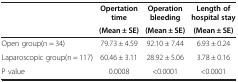
|  | Opertation time | Operation bleeding | Length of hospital stay |
 |  | (Mean ± SE) | (Mean ± SE) | (Mean ± SE) |
 | --- | --- | --- | --- |
 | Open group(n = 34) | 79.73 ± 4.59 | 92.10 ± 7.44 | 6.93 ± 0.24 |
 | Laparoscopic group(n = 117) | 60.46 ± 3.11 | 28.92 ± 5.06 | 3.78 ± 0.16 |
 | P value | 0.0008 | <0.0001 | <0.0001 |